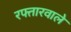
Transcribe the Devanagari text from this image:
रफ्तारवाले